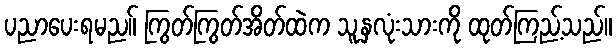
ပညာပေးရမည။် ကြွတ်ကြွတ်အိတ်ထဲက သူ့နှလုံးသားကို ထုတ်ကြည့်သည်။